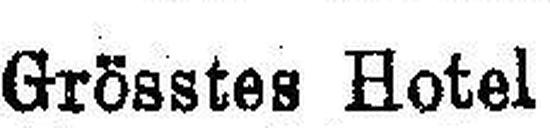
Grösstes Hotel